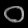
Digit: ၀